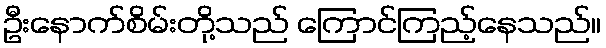
ဦးနောက်စိမ်းတို့သည် ကြောင်ကြည့်နေသည်။